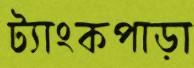
ট্যাংকপাড়া